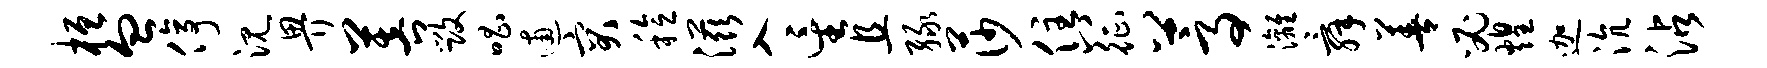
桓血停沉畀菩毁唱逋突稔滋入星且绿莎住八征蒿漓舜善必煌迦沆沾